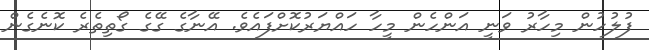
ފުލުހުން މިހާރު ވަނީ އަންހެން މީހާ ހައްޔަރުކޮށްފައެވެ. އޭނާގެ ގޭގެ ގޯތިތެރެ ކޮނެގެން